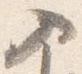
入